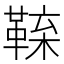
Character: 𩋑